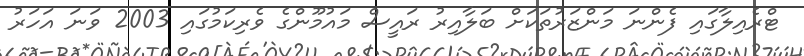
ޓްރެއިލާގައި ފެންނަ މަންޒަރުތަކަށް ބަލާއިރު ރައީސް މައުމޫންގެ ވެރިކަމުގައި 2003 ވަނަ އަހަރު